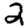
Digit: 2